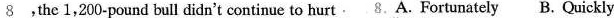
\underline{8},the 1,200-pound bull didn't continue to hurt 8.A. Fortunately B. Quickly